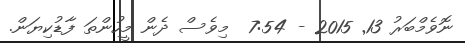
ނޮވެމްބަރު 13